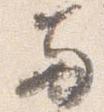
両